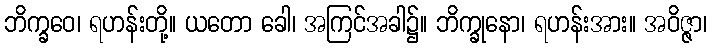
ဘိက္ခဝေ၊ ရဟန်းတို့။ ယတော ခေါ၊ အကြင်အခါ၌။ ဘိက္ခုနော၊ ရဟန်းအား။ အဝိဇ္ဇာ၊